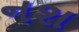
નશ